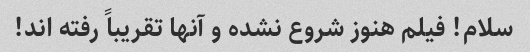
سلام! فیلم هنوز شروع نشده و آنها تقریباً رفته اند!